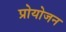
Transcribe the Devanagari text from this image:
प्रोयोजन